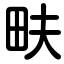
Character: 畉